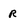
Character: r